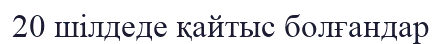
20 шілдеде қайтыс болғандар